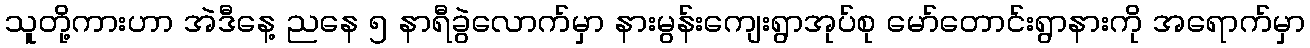
သူတို့ကားဟာ အဲဒီနေ့ ညနေ ၅ နာရီခွဲလောက်မှာ နားမွန်းကျေးရွာအုပ်စု မော်တောင်းရွာနားကို အရောက်မှာ